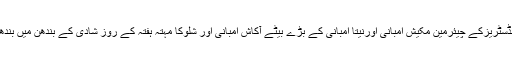
ریلائنس انڈسٹریزکے چیئرمین مکیش امبانی اورنیتا امبانی کے بڑے بیٹے آکاش امبانی اور شلوکا مہتہ ہفتہ کے روز شادی کے بندھن میں بندھ گئے ہیں۔